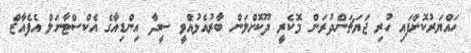
ހައްޔަރުކޮށްފައި ހުރި ޖަޔަޗަންދުރަން މޮކެރީ ދޫކޮށްލަން ބާރުއެޅުއްވީ ސީދާ އިންޑިއާގެ އެކްސްޓާނަލް އެފެއާޒް